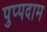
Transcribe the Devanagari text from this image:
पुप्पदाम